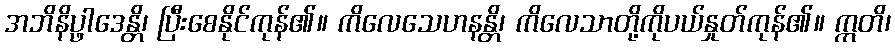
အဘိနိပ္ဖာဒေန္တိ၊ ပြီးစေနိုင်ကုန်၏။ ကိလေသေဟနန္တိ၊ ကိလေသာတို့ကိုပယ်နှုတ်ကုန်၏။ ဣတိ၊